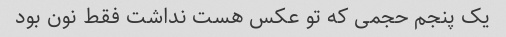
یک پنجم حجمی که تو عکس هست نداشت فقط نون بود